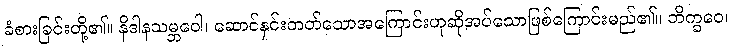
ခံစားခြင်းတို့၏။ နိဒါနသမ္ဘဝေါ၊ ဆောင်နှင်းတတ်သောအကြောင်းဟုဆိုအပ်သောဖြစ်ကြောင်းမည်၏။ ဘိက္ခဝေ၊